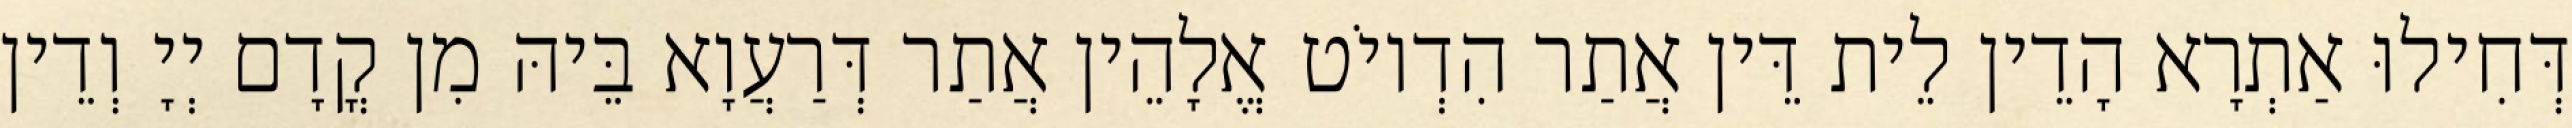
דְּחִילוּ אַתְרָא הָדֵין לֵית דֵּין אֲתַר הִדְיוֹט אֱלָהֵין אֲתַר דְּרַעֲוָא בֵּיהּ מִן קֳדָם יְיָ וְדֵין